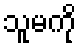
သူမကို